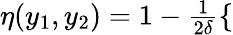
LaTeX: \begin{array}{r}{\eta(y_{1},y_{2})=1-\frac{1}{2\delta}\left\{ \begin{array}{ll}{\begin{array}{rlrlrl}\end{array}}\end{array}\right.}\end{array}